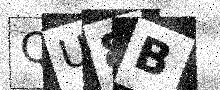
Text: QU8B